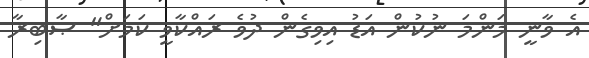
އެ ވާނީ މަންމަ ނުކުން އަޑު އިވިގެން ދުވެ ރައްކާވީ ކަމަށް" ޞާބިރާ